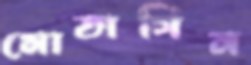
মোতাসিন